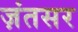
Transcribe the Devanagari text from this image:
ज़ंतसर